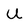
Character: U